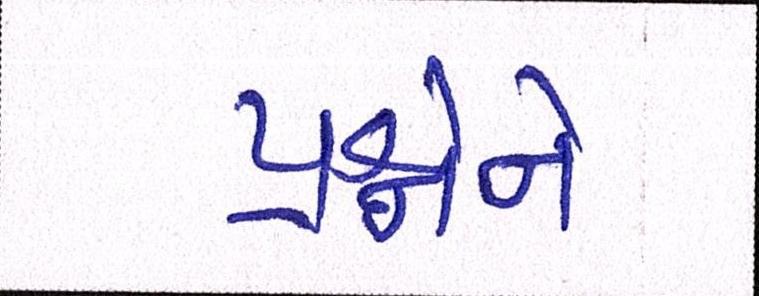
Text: પ્રશ્નોને